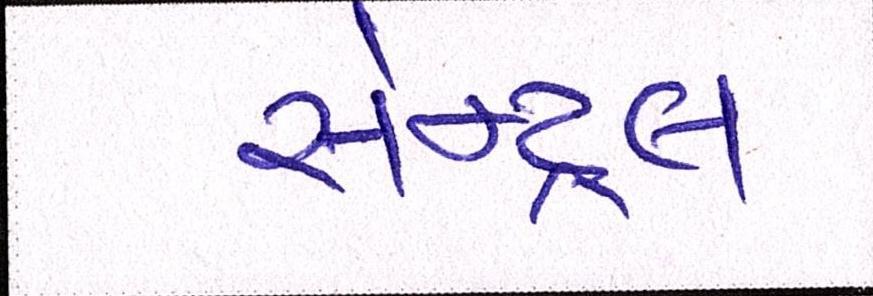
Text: સેન્ટ્રલ